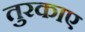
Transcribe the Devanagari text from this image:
तुरकाए